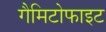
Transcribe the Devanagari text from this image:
गैमिटोफाइट